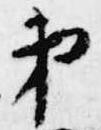
第